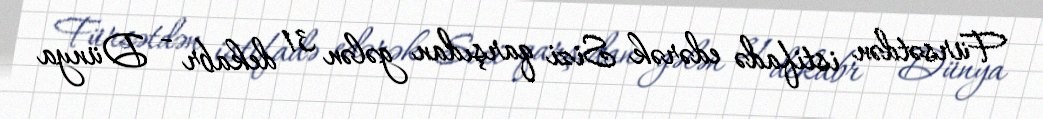
Fürsətdən istifadə edərək Sizi qarşıdan gələn 31 dekabr - Dünya